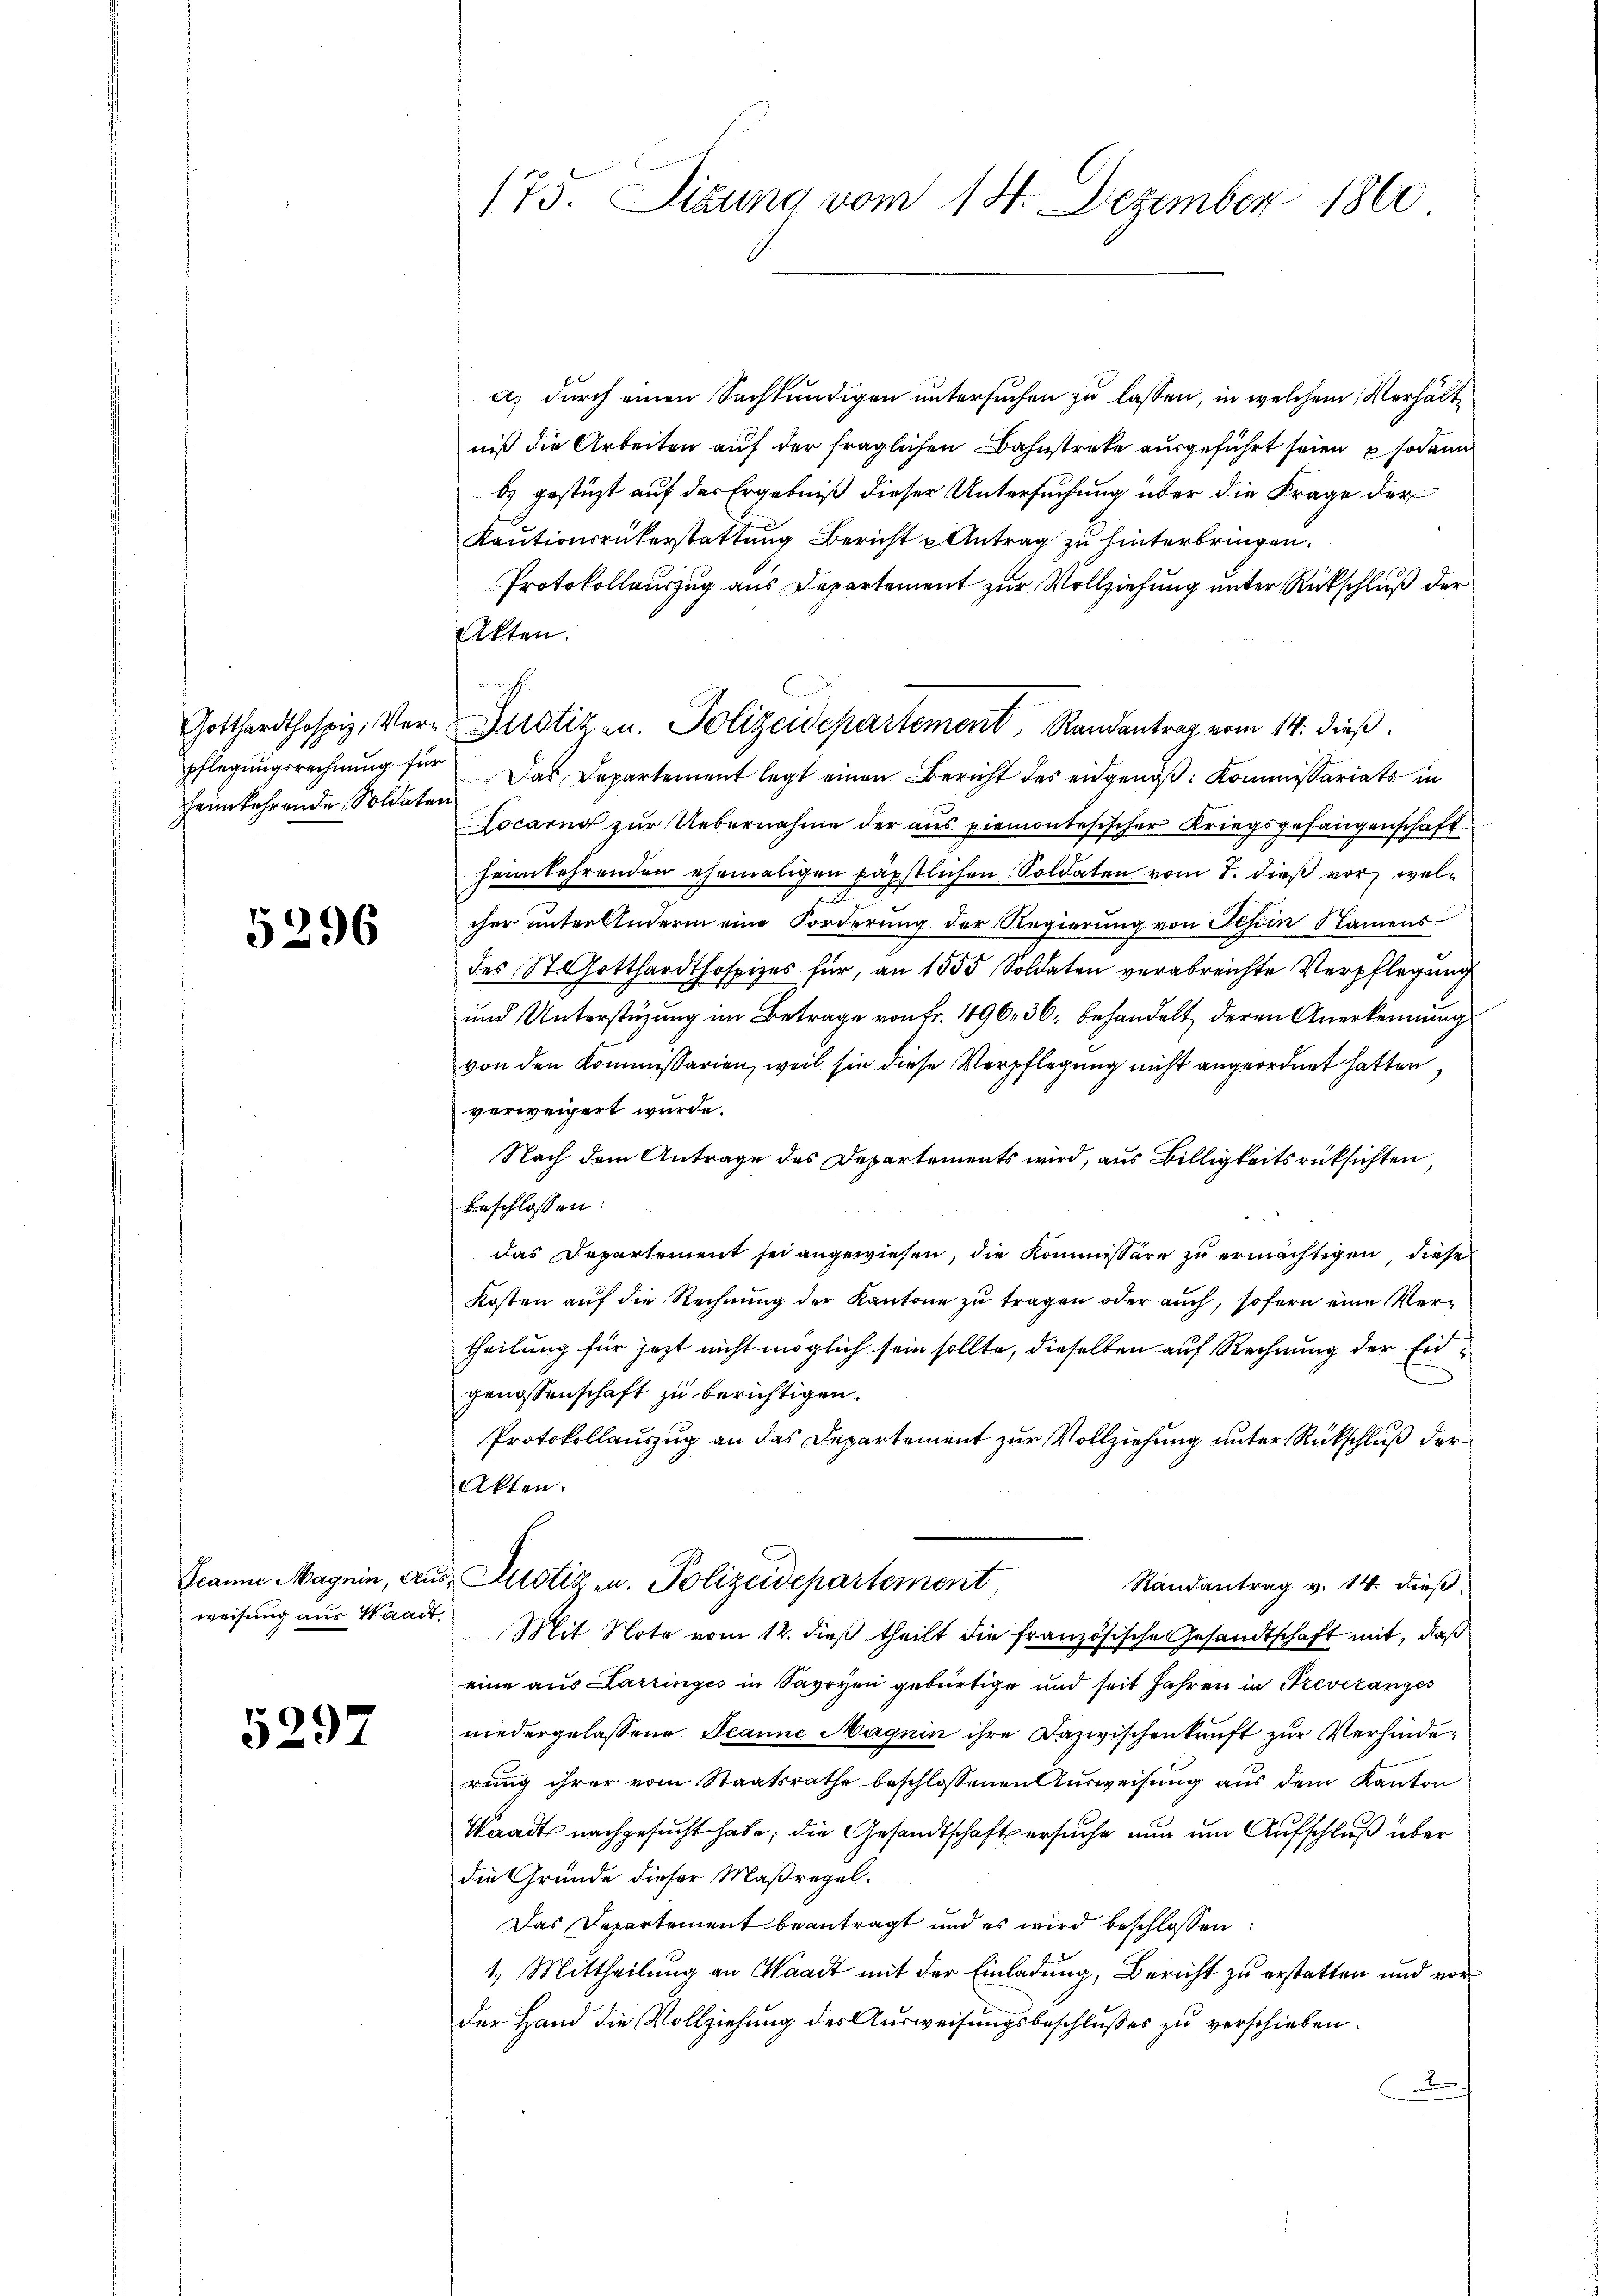
heimkehrende Soldaten

5296

Peanne Magnin, Au
weisung aus Waadt.

5297

173. Sizung vom 14. Dezember 1860

a) durch einen Sachkundigen untersuchen zu lassen, in welchem Verhältniß die Arbeiten auf der fraglichen Bahnstreke ausgeführt seien, sodann
bs gestüzt auf der Ergebniß dieser Untersuchung über die Frage der
Kautionsrükerstattung Bericht u Antrag zu hinterbringen.
Protokollauszug aus Departement zur Vollziehung unter Rückschluß der
Akten.
Gotthardthospiz, Ver- Justizen. Polizeidepartement, Randantrag vom 14. dieß
pflegungsrechnung für Das Departement legt einen Bericht des eidgenöß: Kommissariats in
Locarno zur Uebernahme der aus piemontesischer Kriegsgefangenschaft
heimkehrenden ehemaligen päpstlichen Soldaten vom 7. dieß vor, wele
cher unter Andern eine Forderung der Regierung von Tessin Namens
des St. Gotthardthospizes für, an 1555 Soldaten verabreichte Verpflegung
und Unterstüzung im Betrage von Fr. 496, 36, behandelt, deren Anerkennung
von den Kommissarien, weil sie diese Verpflegung nicht angeordnet hatten,
verweigert wurde.
Nach dem Antrage des Departements wird, aus Billigkeitsrücksichten,
beschlossen:
das Departement sei angewiesen, die Kommissäre zu ermächtigen, diese
Kosten auf die Rechnung der Kantone zu tragen oder auch, sofern eine Vertheilung für jezt nicht möglich sein sollte, dieselben auf Rechnung der Eidgenossenschaft zu berichtigen.
Protokollauszug an das Departement zur Vollziehung unter Rückschluß der
Akten.
u Justiz u. Polizeidepartement,
Randantrag v. 14. dieß.
Mit Note vom 12. dieß theilt die französische Gesandtschaft mit, daß
eine aus Larringes in Savoyen gebürtige und seit Jahren in Freveranges
niedergelassene Tanne Magnin ihre Dazwischenkunft zur Verhinderung ihrer vom Staatsrathe beschlossenen Ausweisung aus dem Kanton
Waadt nachgesucht habe; die Gesandtschaft ersuche nun um Aufschluß über
die Gründe dieser Maßregel.
Das Departement beantragt und es wird beschlossen:
1.) Mittheilung an Waadt mit der Einladung, Bericht zu erstatten und vorder Hand die Vollziehung des Ausweisungsbeschlußes zu verschieben.
.

h